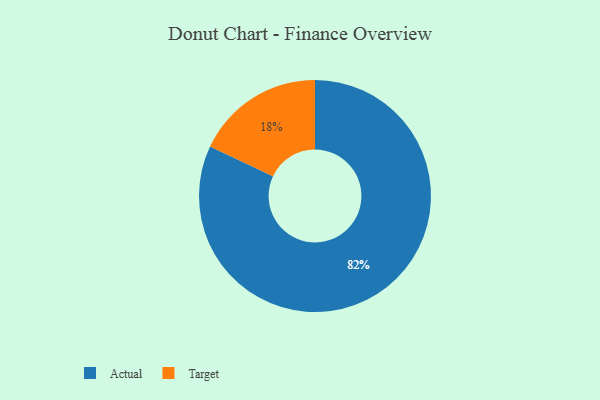
{"axis": {"x": "Category", "y": "Percentage"}, "legend": ["Actual", "Target"], "data": [{"x": "Actual", "y": 82, "type": "Actual"}, {"x": "Target", "y": 18, "type": "Target"}]}